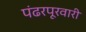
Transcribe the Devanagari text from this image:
पंढरपूरवारी